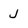
Character: J